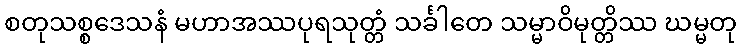
စတုသစ္စဒေသနံ မဟာအဿပုရသုတ္တံ သင်္ခါတေ သမ္မာဝိမုတ္တိဿ ဃမ္မတု